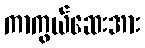
ကာကွယ်ဆေးအား